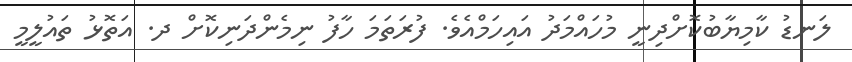
ލަނޑު ކާމިޔާބުކޮށްދިނީ މުހައްމަދު އައިހަމްއެވެ. ފުރަތަމަ ހާފު ނިމެންދަނިކޮށް ދ. އަތޮޅު ތައުލީމީ